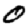
Digit: 0